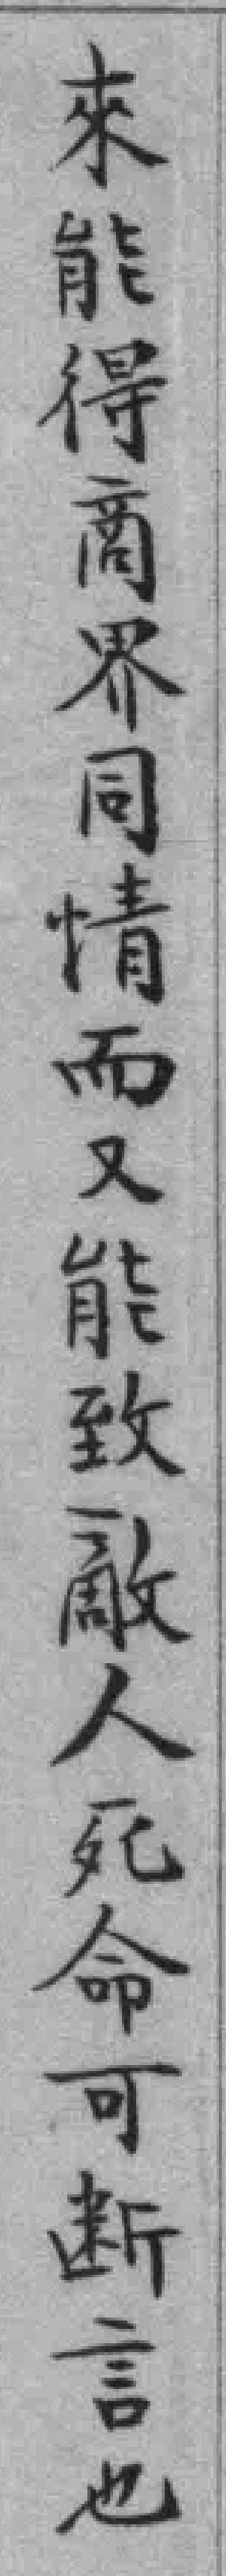
來能得商界同情而又能致敵人死命可断言也